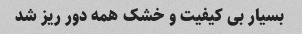
بسیار بی کیفیت و‌ خشک همه دور ریز شد